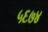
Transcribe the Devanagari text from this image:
५६७४